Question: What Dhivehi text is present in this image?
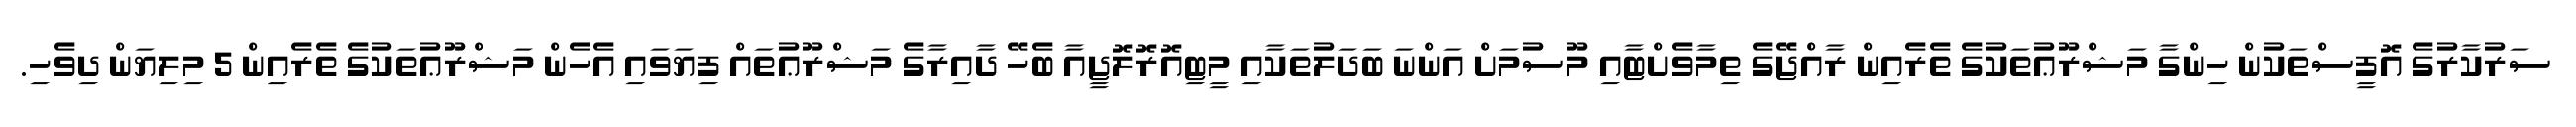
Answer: ސަރުކާރުގެ އޮފީސްތަކުން ހިންގާ މަޝްރޫޢުތަކުގެ ތެރެއިން ރާއްޖޭގެ ތިމާވެށްޓާއި މޫސުމަށް އަންނަ ބަދަލުތަކާއި މީޓިއޮރޮލޮޖީއާ ބެހޭ ދާއިރާގެ މަޝްރޫޢުތައް ފިޔަވައި އެހެން މަޝްރޫޢުތަކުގެ ތެރެއިން 5 މިލިޔަން ދިވެހި.